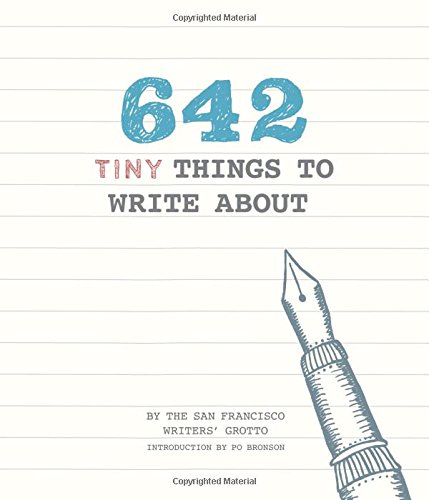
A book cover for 642 Tiny Things to Write About; San Francisco Writers' Grotto; Humor & Entertainment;